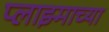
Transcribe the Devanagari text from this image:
प्लाझ्माच्या